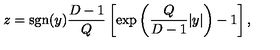
z = \mathrm { s g n } ( y ) { \frac { D - 1 } { Q } } \left[ \exp \left( { \frac { Q } { D - 1 } } | y | \right) - 1 \right] ,